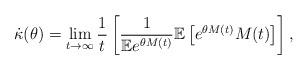
LaTeX: \begin{align*}\dot\kappa(\theta) = \lim_{t\rightarrow \infty}\frac{1}{t}\left[ \frac{1}{\mathbb{E} e^{\theta M(t)}} \mathbb{E}\left[ e^{\theta M(t)} M(t) \right] \right],\end{align*}